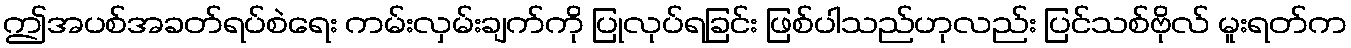
ဤအပစ်အခတ်ရပ်စဲရေး ကမ်းလှမ်းချက်ကို ပြုလုပ်ရခြင်း ဖြစ်ပါသည်ဟုလည်း ပြင်သစ်ဗိုလ် မူးရတ်က